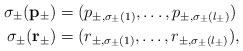
LaTeX: \begin{align*}\sigma_\pm({\bf p}_\pm)& =(p_{\pm, \sigma_\pm(1)},\dots, p_{\pm, \sigma_\pm(l_\pm)})\\\sigma_\pm({\bf r}_\pm )& =(r_{\pm, \sigma_\pm(1)},\dots, r_{\pm, \sigma_\pm(l_\pm)}),\end{align*}